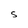
Character: S